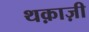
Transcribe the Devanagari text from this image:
थक़ाज़ी